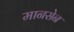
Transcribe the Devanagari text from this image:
मानसेन